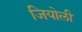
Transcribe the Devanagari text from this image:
जियोली